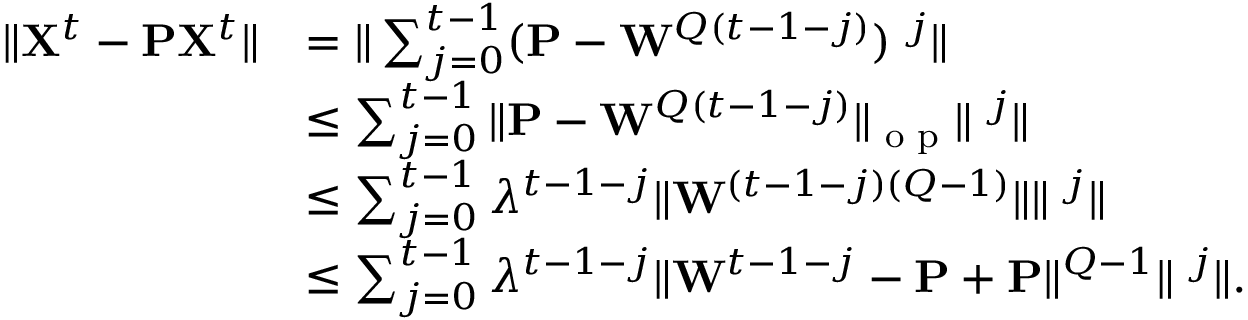
\begin{array} { r l } { \| { \bf X } ^ { t } - { \bf P } { \bf X } ^ { t } \| } & { = \| \sum _ { j = 0 } ^ { t - 1 } ( { \bf P } - { \bf W } ^ { Q ( t - 1 - j ) } ) { \bf \zeta } ^ { j } \| } \\ & { \leq \sum _ { j = 0 } ^ { t - 1 } \| { \bf P } - { \bf W } ^ { Q ( t - 1 - j ) } \| _ { \textrm { o p } } \| { \bf \zeta } ^ { j } \| } \\ & { \leq \sum _ { j = 0 } ^ { t - 1 } \lambda ^ { t - 1 - j } \| { \bf W } ^ { ( t - 1 - j ) ( Q - 1 ) } \| \| { \bf \zeta } ^ { j } \| } \\ & { \leq \sum _ { j = 0 } ^ { t - 1 } \lambda ^ { t - 1 - j } \| { \bf W } ^ { t - 1 - j } - { \bf P } + { \bf P } \| ^ { Q - 1 } \| { \bf \zeta } ^ { j } \| . } \end{array}